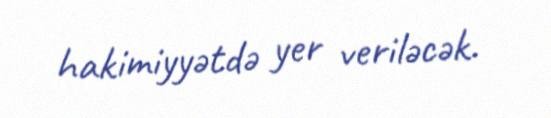
hakimiyyətdə yer veriləcək.